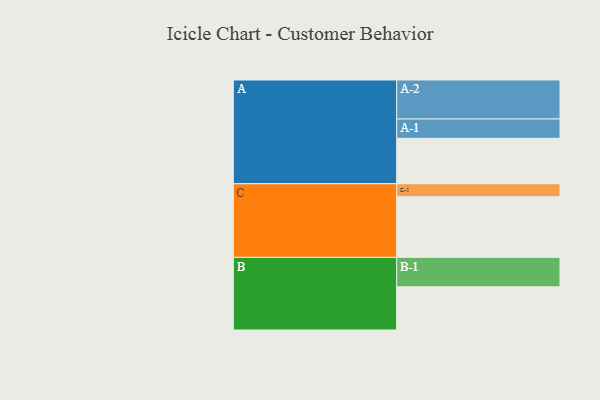
{"axis": {"x": "Segment", "y": "Value"}, "legend": ["", "A", "B", "C"], "data": [{"x": "A", "y": 327, "type": ""}, {"x": "B", "y": 311, "type": ""}, {"x": "C", "y": 437, "type": ""}, {"x": "A-1", "y": 139, "type": "A"}, {"x": "A-2", "y": 281, "type": "A"}, {"x": "B-1", "y": 212, "type": "B"}, {"x": "C-1", "y": 93, "type": "C"}]}